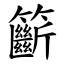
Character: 籪